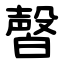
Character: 㿦